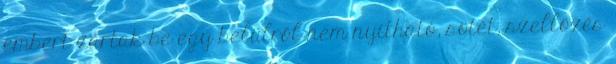
embert zártak be egy belülről nem nyitható, sötét, szellőzés